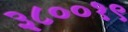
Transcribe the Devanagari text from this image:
३८००१९